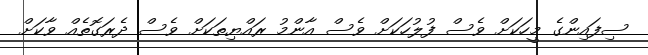
ސިފައިންގެ މީހަކަށް ވެސް ފުލުހަކަށް ވެސް އާންމު ރައްޔިތަކަށް ވެސް ދެރަގޮތެއް ވާކަށް